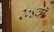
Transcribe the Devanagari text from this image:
२०४वॉ